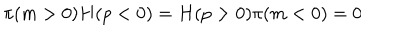
\pi ( m > 0 ) H ( p < 0 ) = H ( p > 0 ) \pi ( m < 0 ) = 0